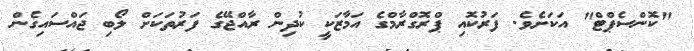
"ކޮންސެޕްޓް" އަކަށެވެ. ފަރުކޮއި ޕްރޮގްރާމްގެ އަމާޒަކީ ކުދިން ރާއްޖޭގެ ފަރުތަކަށް ލޯބި ޖައްސައިގެން